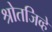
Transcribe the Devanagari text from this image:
श्रोतजिव्हे